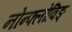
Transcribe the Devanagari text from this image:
नोन्फ्लोविङ्